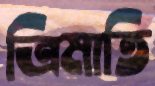
ত্রিমাতি